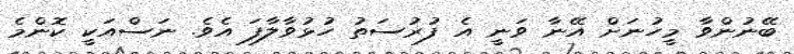
ބޭނުންވާ މީހުނަށް އޭނާ ވަނީ އެ ފުރުސަތު ހުޅުވާލާފަ އެެވެ. ނަސްއަކީ ކޮންމެ